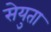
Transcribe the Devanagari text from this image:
सेयुता